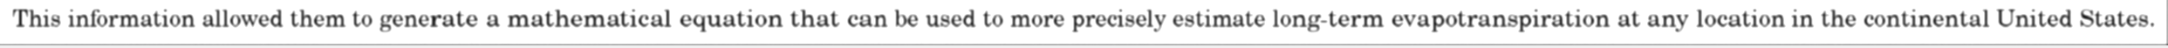
This information allowed them to generate a mathematical equation that can be used to more precisely estimate long-term evapotranspiration at any location in the continental United States.